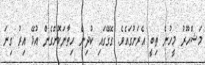
މަޝްހޫރު މީހުން ތިބީ އެރަށުގައެވެ. ގޭގޭގައި ކުދިން ހިތާނަކޮށްގެން އުޅޭ އިރު ގިނަ